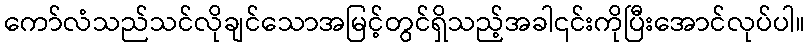
ကော်လံသည်သင်လိုချင်သောအမြင့်တွင်ရှိသည့်အခါ၎င်းကိုပြီးအောင်လုပ်ပါ။